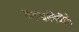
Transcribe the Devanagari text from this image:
करूणानिधींचे